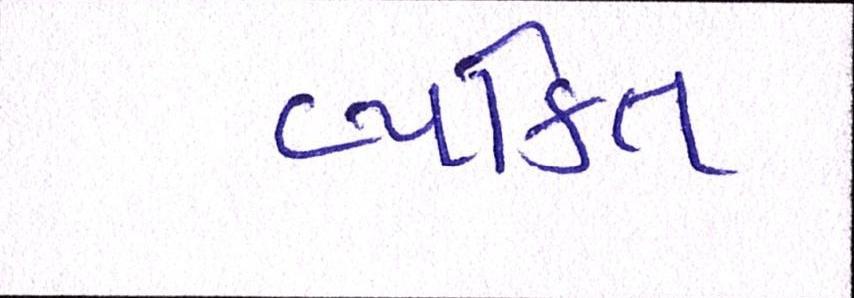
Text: વ્યક્તિ